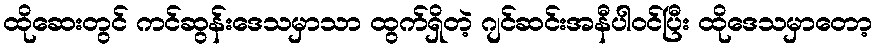
ထိုဆေးတွင် ကင်ဆွန်းဒေသမှာသာ ထွက်ရှိတဲ့ ဂျင်ဆင်းအနီပါဝင်ပြီး ထိုဒေသမှာတော့